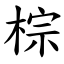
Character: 棕